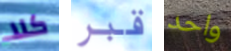
كلا قبر واحد